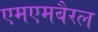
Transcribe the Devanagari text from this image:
एमएमबैरल